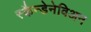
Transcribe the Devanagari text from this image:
स्कैन्डेनेविअन